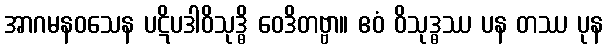
အာဂမနဝသေန ပဋိပဒါဝိသုဒ္ဓိ ဝေဒိတဗ္ဗာ။ ဧဝံ ဝိသုဒ္ဓဿ ပန တဿ ပုန